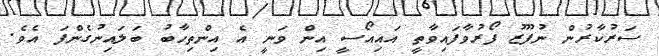
ސަރުކާރުން ނުފޫޒު ފޯރުވާފައިވާތީ އައިއޯސީ އިން ވަނީ އެ އިންތިހާބު ބަލައިނުގެންފަ އެވެ.